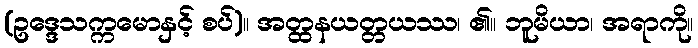
(ဥဒ္ဒေသက္ကမောနှင့် စပ်)။ အတ္ထနယတ္တယဿ၊ ၏။ ဘူမိယာ၊ အရာကို။